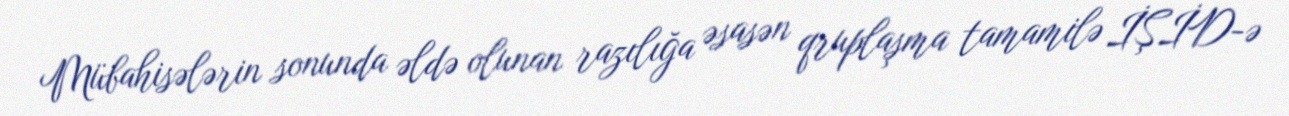
Mübahisələrin sonunda əldə olunan razılığa əsasən qruplaşma tamamilə İŞİD-ə